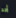
أحد